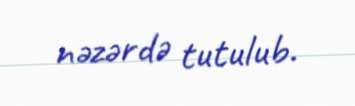
nəzərdə tutulub.